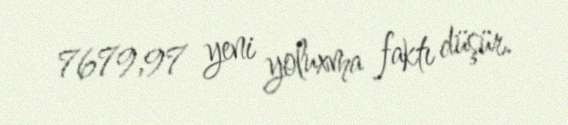
7679,97 yeni yoluxma faktı düşür.